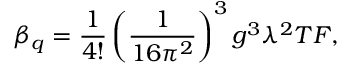
\beta _ { q } = { \frac { 1 } { 4 ! } } \left( { \frac { 1 } { 1 6 \pi ^ { 2 } } } \right) ^ { 3 } g ^ { 3 } \lambda ^ { 2 } T F ,